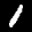
Label: 1